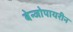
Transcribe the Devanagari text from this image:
बेन्जोपायरीन